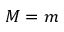
M = m